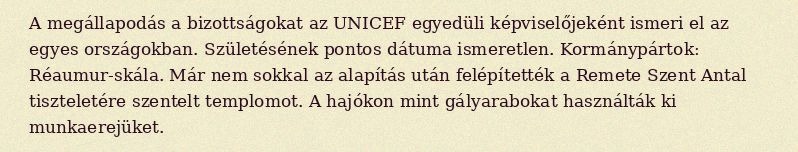
A megállapodás a bizottságokat az UNICEF egyedüli képviselőjeként ismeri el az egyes országokban. Születésének pontos dátuma ismeretlen. Kormánypártok: Réaumur-skála. Már nem sokkal az alapítás után felépítették a Remete Szent Antal tiszteletére szentelt templomot. A hajókon mint gályarabokat használták ki munkaerejüket.